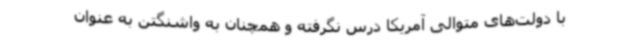
با دولت‌های متوالی آمریکا درس نگرفته و همچنان به واشنگتن به عنوان